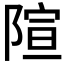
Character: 𫕍